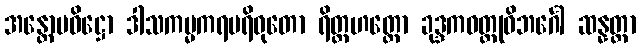
အန္တောပဝိဋ္ဌော ဒါသကမ္မကရပရိဝုတော ရိတ္တဟတ္ထော ခုဒ္ဒကဝတ္ထုဝိဘင်္ဂေါ ဆန္နတ္တာ